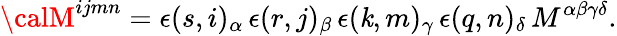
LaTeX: {\calM}^{ijmn}=\epsilon(s,i)_{\alpha}\, \epsilon(r,j)_{\beta}\, \epsilon(\mathit{k},m)_{\gamma}\, \epsilon(q,n)_{\delta}\, M^{\alpha\beta\gamma\delta}.